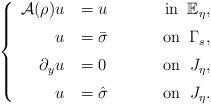
LaTeX: \begin{align*}\left\{\begin{array}{rlr} \mathcal A(\rho)u\,&=u \qquad\;\; & \hbox{in}\;\; \Bbb E_\eta, \\ [0.2 cm] u \, &=\bar{\sigma}& \hbox{on}\;\; \Gamma_s,\\ [0.2 cm] \partial_y u\,& =0& \hbox{on}\;\; J_{\eta}, \\ [0.2 cm] u\, &=\hat\sigma & \hbox{on}\;\; J_{\eta}.\end{array}\right.\end{align*}